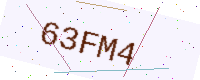
Text: 63FM4